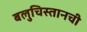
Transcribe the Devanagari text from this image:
बलुचिस्तानची